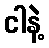
ငါနဲ့